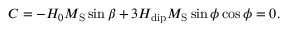
C = - H _ { 0 } M _ { \mathrm { S } } \sin \beta + 3 H _ { \mathrm { d i p } } M _ { \mathrm { S } } \sin \phi \cos \phi = 0 .